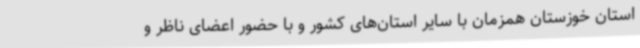
استان خوزستان همزمان با سایر استان‌های کشور و با حضور اعضای ناظر و